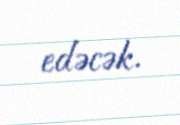
edəcək.